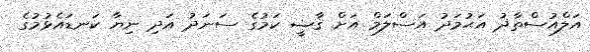
އަލްއުސްތާޛު އަޙުމަދު އަސްލަމް އަށް ޤާޟީ ކަމުގެ ސަނަދު އަދި ނިޔާ ކަނޑައެޅުމުގެ